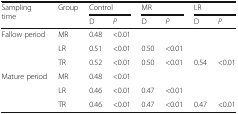
| <ROWSPAN=2> Sampling time | <ROWSPAN=2> Group | <COLSPAN=2> Control | <COLSPAN=2> MR | <COLSPAN=2> LR |
 | D | P | D | P | D | P |
 | --- | --- | --- | --- | --- | --- | --- | --- |
 | <ROWSPAN=3> Fallow period | MR | 0.48 | <0.01 |  |  |  | <ROWSPAN=2>  |
 | LR | 0.51 | <0.01 | 0.50 | <0.01 |  |
 | TR | 0.52 | <0.01 | 0.50 | <0.01 | 0.54 | <0.01 |
 | <ROWSPAN=3> Mature period | MR | 0.48 | <0.01 |  |  |  | <ROWSPAN=2>  |
 | LR | 0.46 | <0.01 | 0.47 | <0.01 |  |
 | TR | 0.46 | <0.01 | 0.47 | <0.01 | 0.47 | <0.01 |